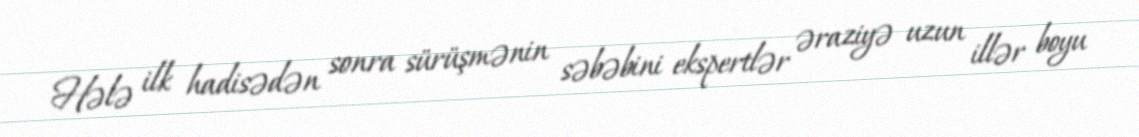
Hələ ilk hadisədən sonra sürüşmənin səbəbini ekspertlər əraziyə uzun illər boyu